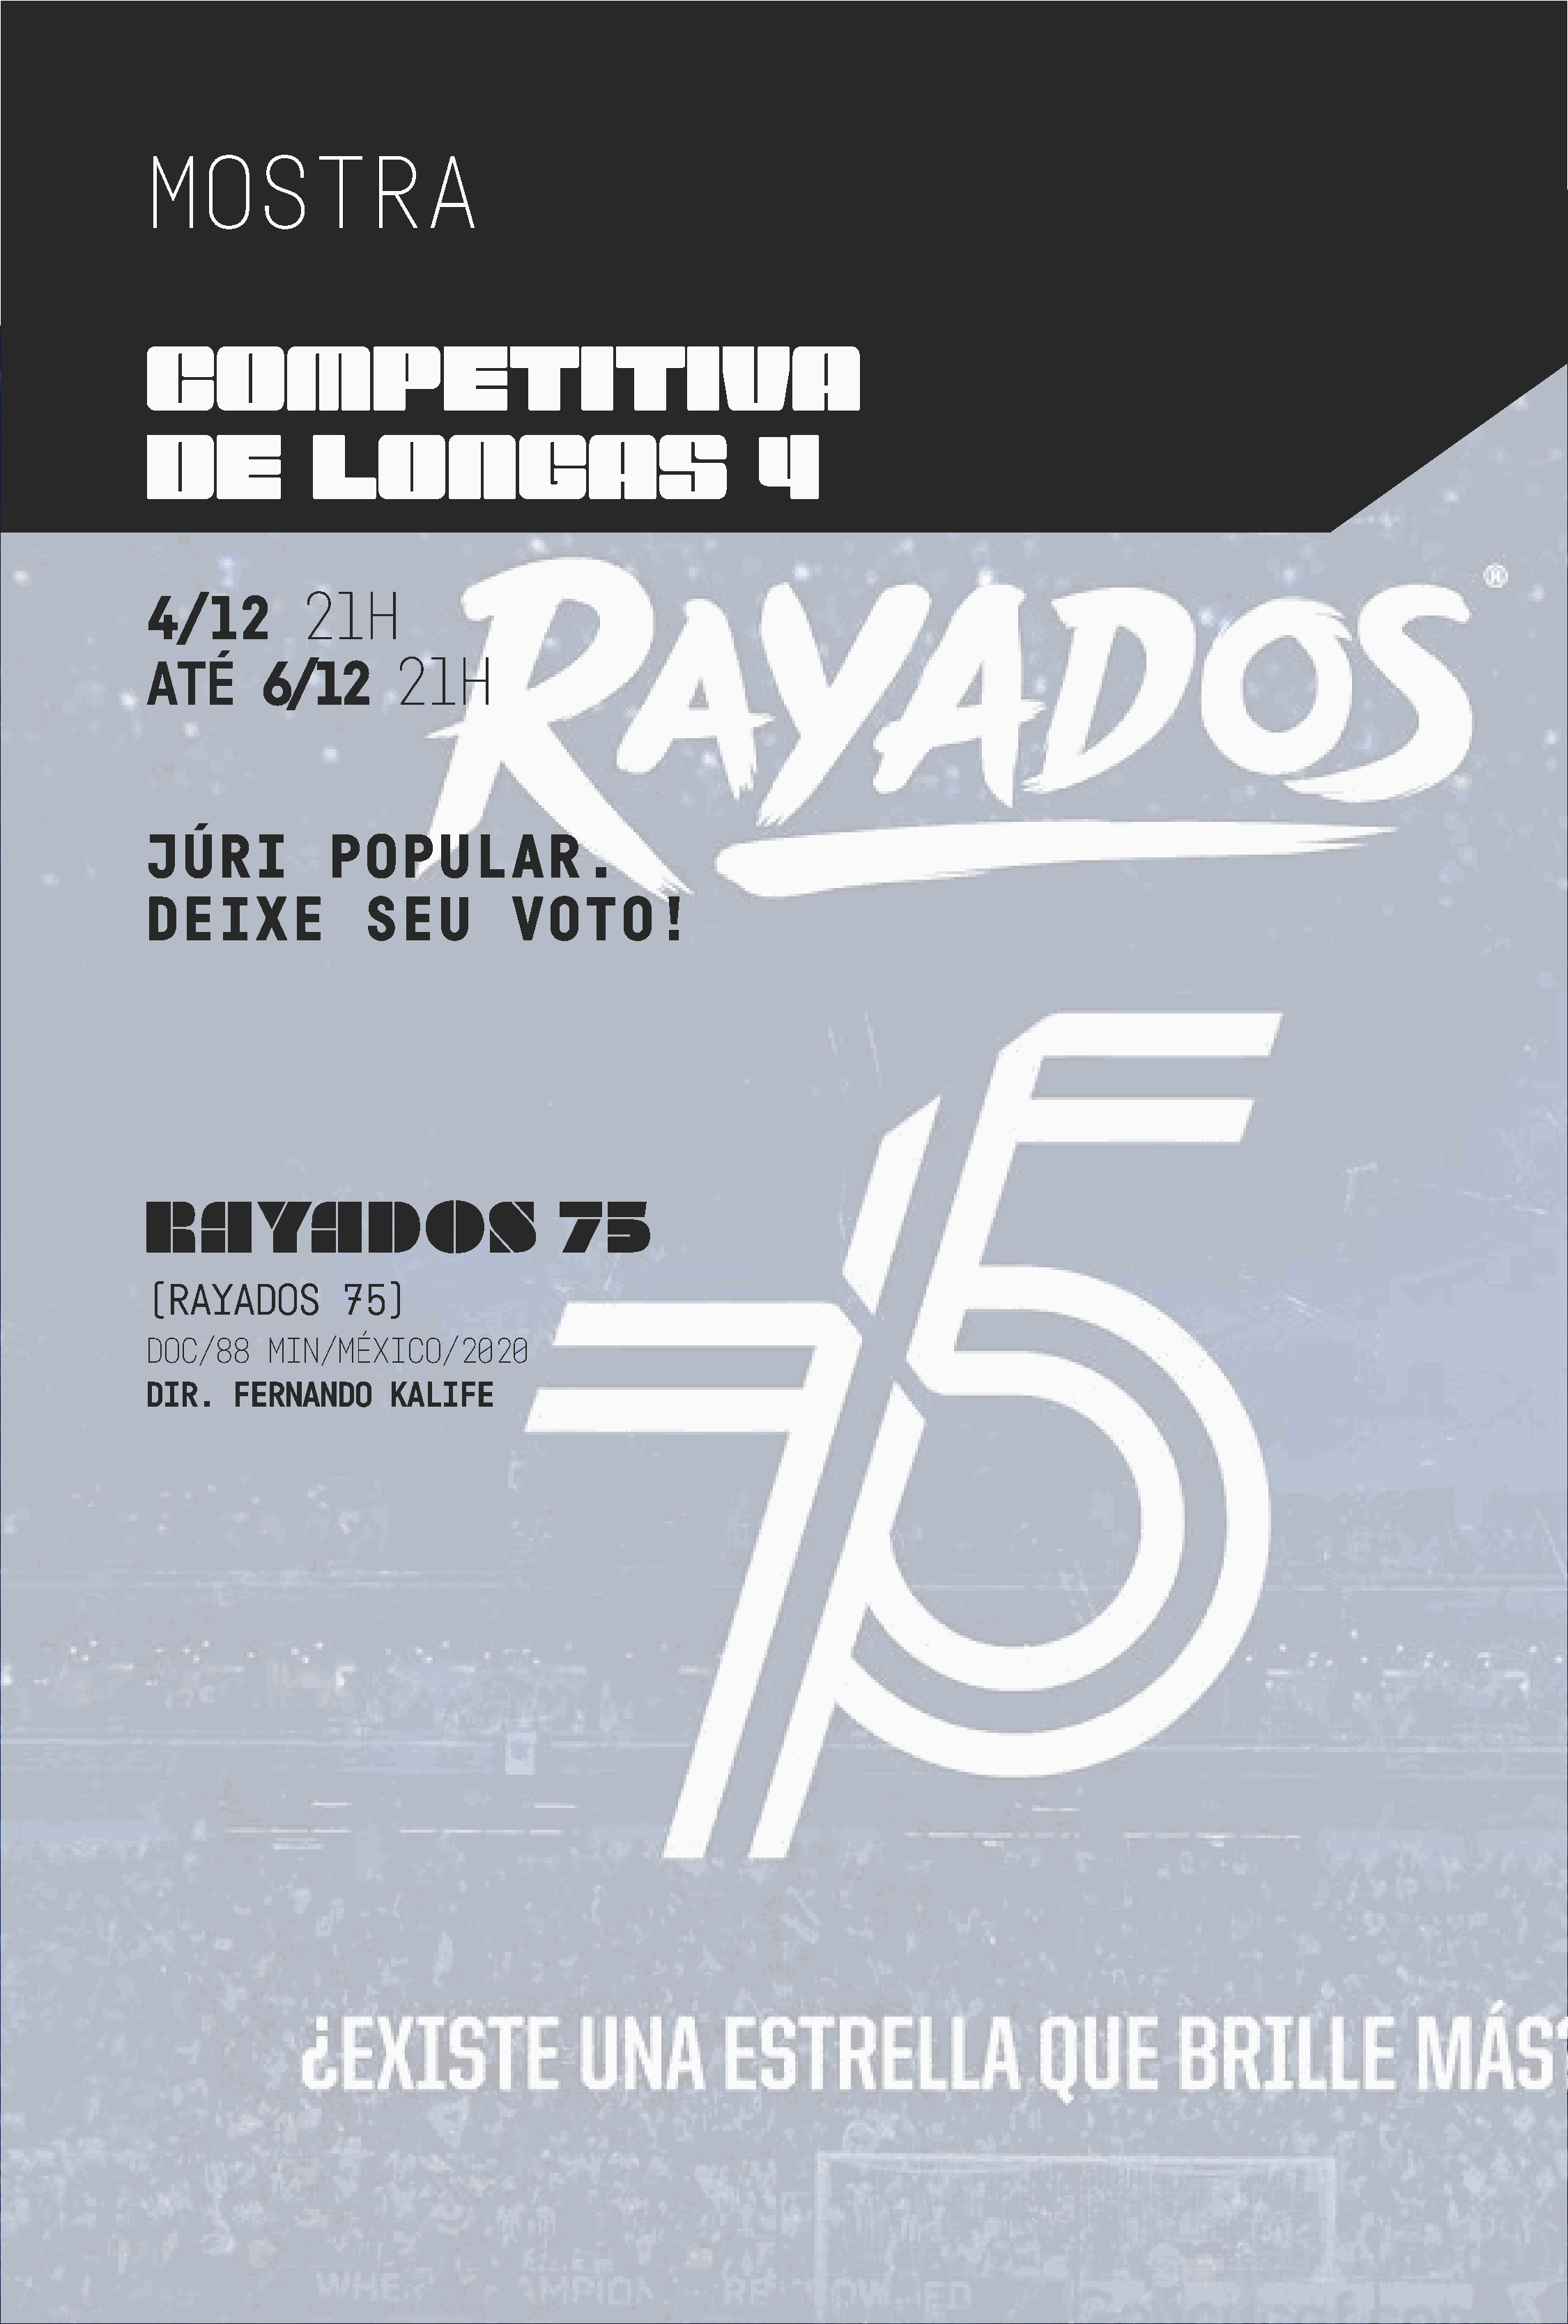
MOSTRA
 COMPETITIVA
 DE              LONGAS                                    4
 21H
 4/12
 21H
 ATÉ        6/12
 JÚRI             POPULAR.
 DEIXE                SEU           VOTO!
 RAYADOS                                75
 (RAYADOS          75)
 DOC/88     MIN/MÉXICO/2020
 DIR.    FERNANDO       KALIFE